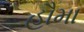
હૌમા